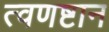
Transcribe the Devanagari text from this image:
त्वणष्टान